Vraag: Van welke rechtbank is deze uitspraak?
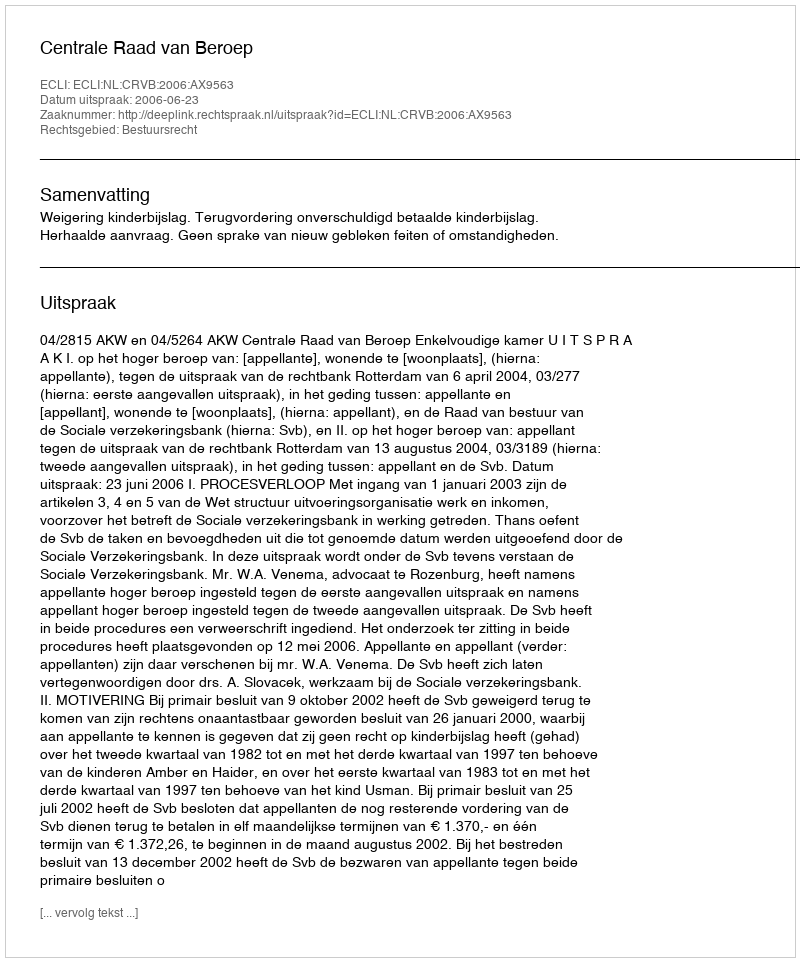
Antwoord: Centrale Raad van Beroep